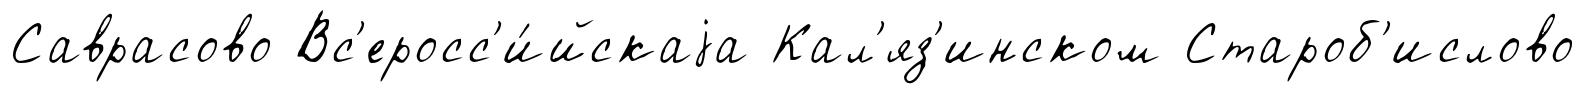
Саврасово Вс'еросс'и́йскаjа Кал'яз'инском Староб'ислово